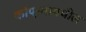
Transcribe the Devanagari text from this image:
कोपर्‍यामधील